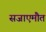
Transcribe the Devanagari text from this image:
सजाएमौत